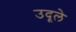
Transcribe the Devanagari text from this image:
उदूले